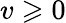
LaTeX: v\geqslant 0